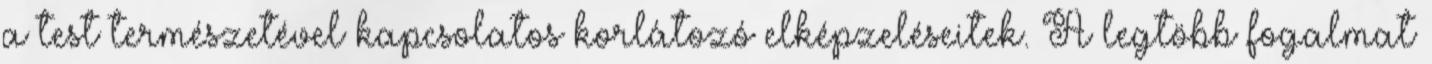
a test természetével kapcsolatos korlátozó elképzeléseitek. A legtöbb fogalmat